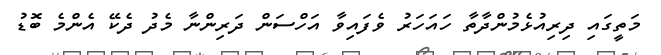
މަތީގައި ދިރިއުޅެމުންދާތާ ހައަހަރު ވެފައިވާ އަހްސަން ދަރިންނާ މެދު ދެކޭ އެންމެ ބޮޑު